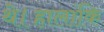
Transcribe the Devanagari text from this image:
थे।हालांकि